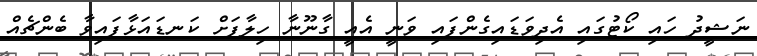
ނަޝީދު ހައި ކޯޓުގައި އެދިވަޑައިގެންފައި ވަނީ އެއީ ގާނޫނާ ހިލާފަށް ކަނޑައަޅާފައިވާ ބެންޗެއް